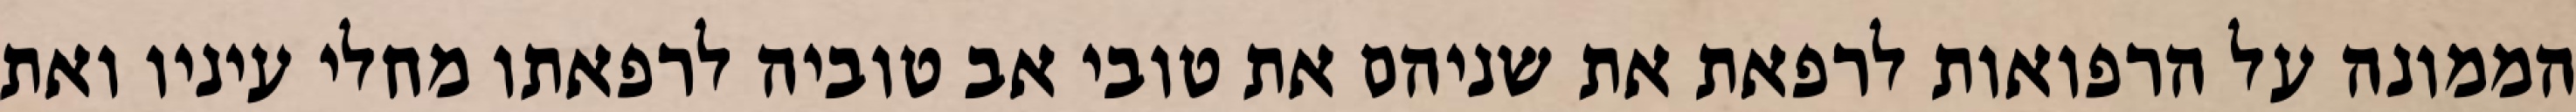
הממונה על הרפואות לרפאת את שניהם את טובי אב טוביה לרפאתו מחלי עיניו ואת